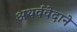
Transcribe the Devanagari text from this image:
अथर्ववेदाने